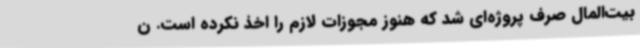
بیت‌المال صرف پروژه‌ای شد که هنوز مجوزات لازم را اخذ نکرده است. ن